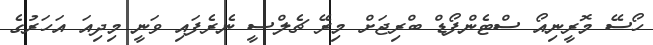
ހޯސޭ މޮރީނިއޯ ސްޓެންފޯޑް ބްރިޖަށް މިރޭ ޗެލްސީ ނެރެފައި ވަނީ މިދިއަ އަހަރުގެ